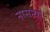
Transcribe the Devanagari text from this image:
नासत्यों